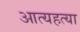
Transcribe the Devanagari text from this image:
आत्यहत्या